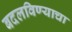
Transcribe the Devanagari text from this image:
बदलविण्याचा